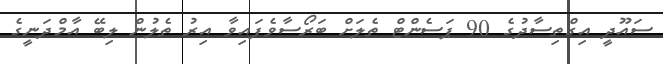
ސައޫދީ އިގްތިސާދުގެ 90 ޕަސެންޓް ތެލަށް ބަރޯސާވެފައިވާ އިރު ތެލުން ލިބޭ އާމްދަނީގެ